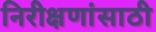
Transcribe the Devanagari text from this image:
निरीक्षणांसाठी